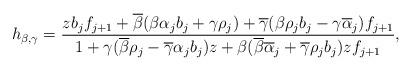
LaTeX: \begin{align*} h_{\beta,\gamma} = \frac{zb_jf_{j+1} + \overline\beta(\beta\alpha_jb_j+\gamma\rho_j) + \overline\gamma(\beta\rho_jb_j-\gamma\overline\alpha_j)f_{j+1}} {1 + \gamma(\overline\beta\rho_j-\overline\gamma\alpha_jb_j)z + \beta(\overline\beta\overline\alpha_j+\overline\gamma\rho_jb_j)zf_{j+1}},\end{align*}